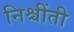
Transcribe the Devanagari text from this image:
निश्चींती